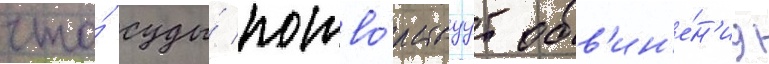
что́ суды́ потво́рствуут обв'ин'е́н'иу